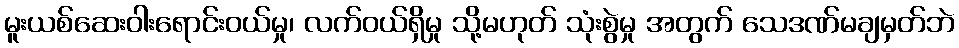
မူးယစ်ဆေးဝါးရောင်းဝယ်မှု၊ လက်ဝယ်ရှိမှု သို့မဟုတ် သုံးစွဲမှု အတွက် သေဒဏ်မချမှတ်ဘဲ